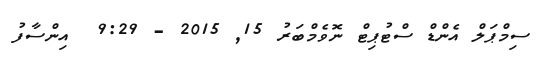
ސިމްޕަލް އެންޑް ސްޓުޕިޓް ނޮވެމްބަރު 15